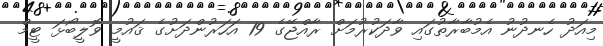
މިއަދު ހެނދުނު އެމުބާރާތުގައި ވާދަކުރުމަށް ރާއްޖޭގެ 19 އަހަރުންދަށުގެ ޤައުމީ ވޮލީބޯޅަ ޓީމް